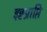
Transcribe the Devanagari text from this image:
इष्टप्राप्ति